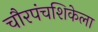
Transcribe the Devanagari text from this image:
चौरपंचशिकेला